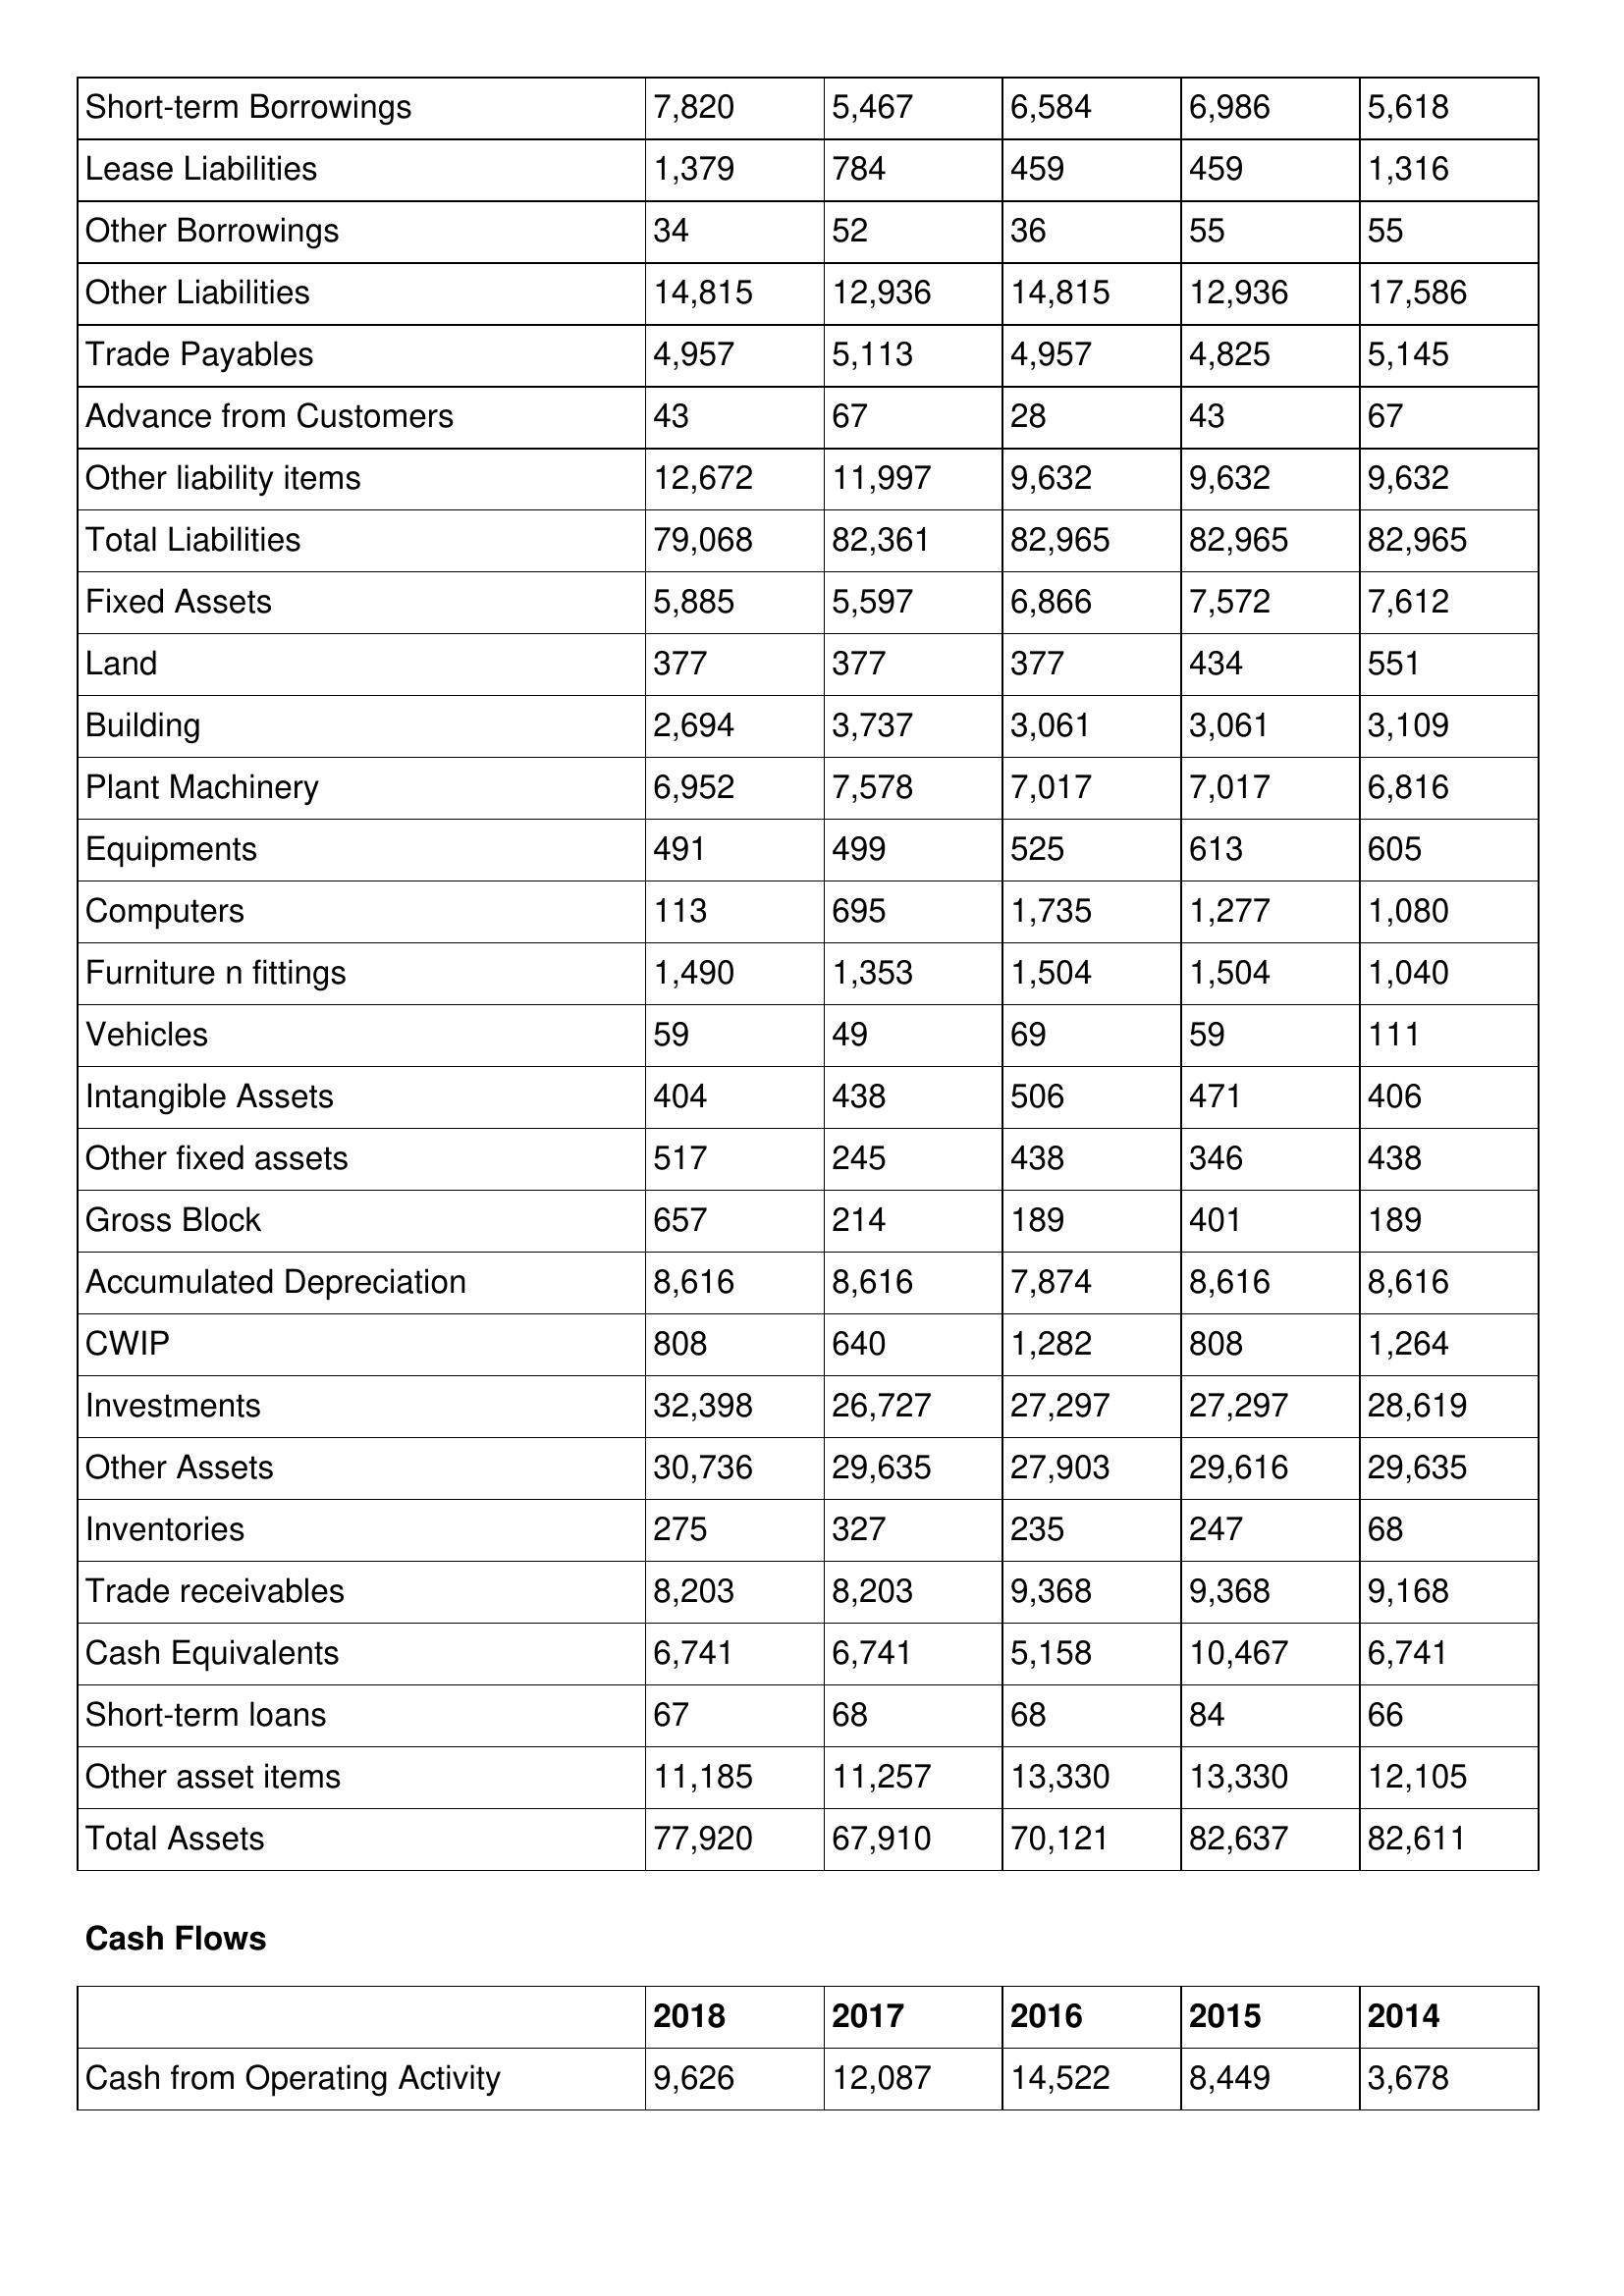
gt_parse: 2018: Balance Sheet: Short-term Borrowings: 7,820
Lease Liabilities: 1,379
Other Borrowings: 34
Other Liabilities: 14,815
Trade Payables: 4,957
Advance from Customers: 43
Other liability items: 12,672
Total Liabilities: 79,068
Fixed Assets: 5,885
Land: 377
Building: 2,694
Plant Machinery: 6,952
Equipments: 491
Computers: 113
Furniture n fittings: 1,490
Vehicles: 59
Intangible Assets: 404
Other fixed assets: 517
Gross Block: 657
Accumulated Depreciation: 8,616
CWIP: 808
Investments: 32,398
Other Assets: 30,736
Inventories: 275
Trade receivables: 8,203
Cash Equivalents: 6,741
Short-term loans: 67
Other asset items: 11,185
Total Assets: 77,920
Cash Flows: Cash from Operating Activity: 9,626
2017: Balance Sheet: Short-term Borrowings: 5,467
Lease Liabilities: 784
Other Borrowings: 52
Other Liabilities: 12,936
Trade Payables: 5,113
Advance from Customers: 67
Other liability items: 11,997
Total Liabilities: 82,361
Fixed Assets: 5,597
Land: 377
Building: 3,737
Plant Machinery: 7,578
Equipments: 499
Computers: 695
Furniture n fittings: 1,353
Vehicles: 49
Intangible Assets: 438
Other fixed assets: 245
Gross Block: 214
Accumulated Depreciation: 8,616
CWIP: 640
Investments: 26,727
Other Assets: 29,635
Inventories: 327
Trade receivables: 8,203
Cash Equivalents: 6,741
Short-term loans: 68
Other asset items: 11,257
Total Assets: 67,910
Cash Flows: Cash from Operating Activity: 12,087
2016: Balance Sheet: Short-term Borrowings: 6,584
Lease Liabilities: 459
Other Borrowings: 36
Other Liabilities: 14,815
Trade Payables: 4,957
Advance from Customers: 28
Other liability items: 9,632
Total Liabilities: 82,965
Fixed Assets: 6,866
Land: 377
Building: 3,061
Plant Machinery: 7,017
Equipments: 525
Computers: 1,735
Furniture n fittings: 1,504
Vehicles: 69
Intangible Assets: 506
Other fixed assets: 438
Gross Block: 189
Accumulated Depreciation: 7,874
CWIP: 1,282
Investments: 27,297
Other Assets: 27,903
Inventories: 235
Trade receivables: 9,368
Cash Equivalents: 5,158
Short-term loans: 68
Other asset items: 13,330
Total Assets: 70,121
Cash Flows: Cash from Operating Activity: 14,522
2015: Balance Sheet: Short-term Borrowings: 6,986
Lease Liabilities: 459
Other Borrowings: 55
Other Liabilities: 12,936
Trade Payables: 4,825
Advance from Customers: 43
Other liability items: 9,632
Total Liabilities: 82,965
Fixed Assets: 7,572
Land: 434
Building: 3,061
Plant Machinery: 7,017
Equipments: 613
Computers: 1,277
Furniture n fittings: 1,504
Vehicles: 59
Intangible Assets: 471
Other fixed assets: 346
Gross Block: 401
Accumulated Depreciation: 8,616
CWIP: 808
Investments: 27,297
Other Assets: 29,616
Inventories: 247
Trade receivables: 9,368
Cash Equivalents: 10,467
Short-term loans: 84
Other asset items: 13,330
Total Assets: 82,637
Cash Flows: Cash from Operating Activity: 8,449
2014: Balance Sheet: Short-term Borrowings: 5,618
Lease Liabilities: 1,316
Other Borrowings: 55
Other Liabilities: 17,586
Trade Payables: 5,145
Advance from Customers: 67
Other liability items: 9,632
Total Liabilities: 82,965
Fixed Assets: 7,612
Land: 551
Building: 3,109
Plant Machinery: 6,816
Equipments: 605
Computers: 1,080
Furniture n fittings: 1,040
Vehicles: 111
Intangible Assets: 406
Other fixed assets: 438
Gross Block: 189
Accumulated Depreciation: 8,616
CWIP: 1,264
Investments: 28,619
Other Assets: 29,635
Inventories: 68
Trade receivables: 9,168
Cash Equivalents: 6,741
Short-term loans: 66
Other asset items: 12,105
Total Assets: 82,611
Cash Flows: Cash from Operating Activity: 3,678